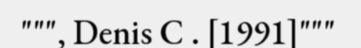
""", Denis C . [1991]"""